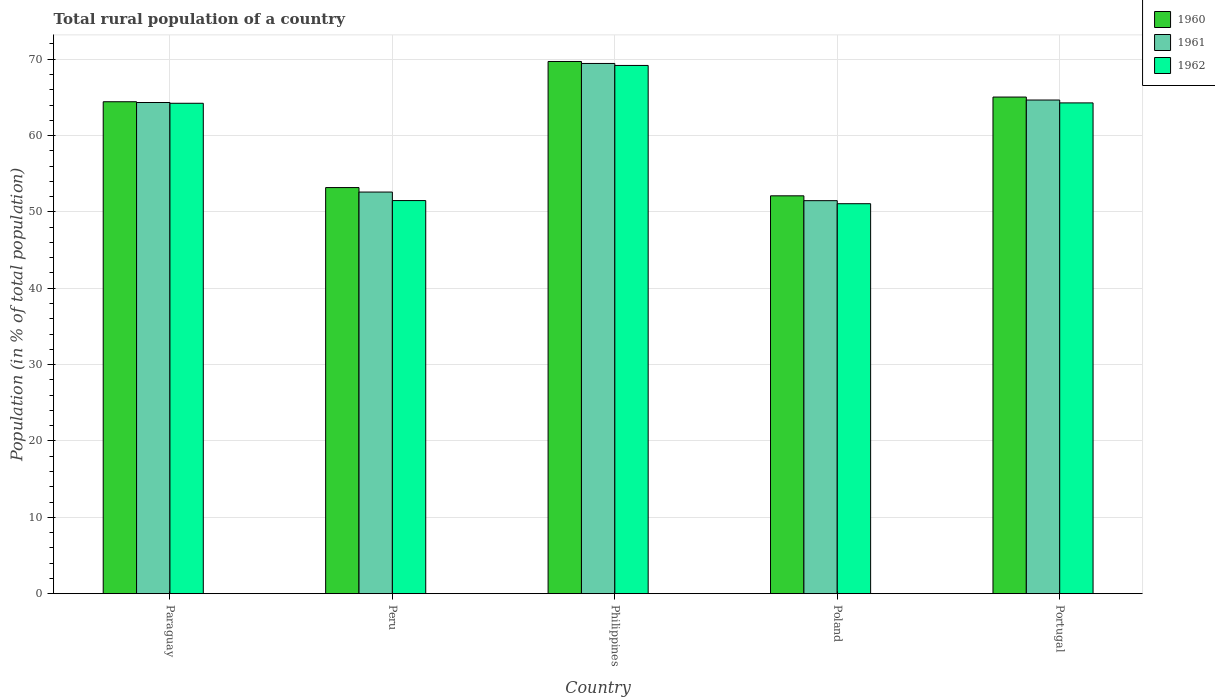
| Country | 1960 | 1961 | 1962 |
 | --- | --- | --- | --- |
 | Paraguay | 64.4 | 64.3 | 64.2 |
 | Peru | 53.2 | 52.6 | 51.5 |
 | Philippines | 69.7 | 69.4 | 69.2 |
 | Poland | 52.1 | 51.5 | 51.1 |
 | Portugal | 65 | 64.7 | 64.3 |